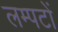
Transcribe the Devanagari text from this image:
लम्पटों